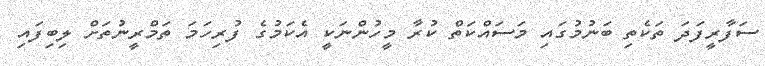
ސަފާރީފަދަ ތަކެތި ބަނުމުގައި މަސައްކަތް ކުރާ މީހުންނަކީ އެކަމުގެ ފުރިހަމަ ތަމްރީނުތަށް ލިބިފައި